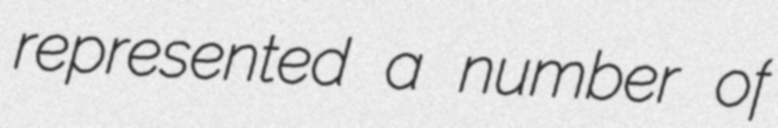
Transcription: represented a number of